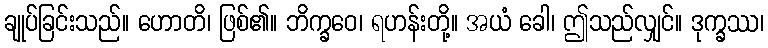
ချုပ်ခြင်းသည်။ ဟောတိ၊ ဖြစ်၏။ ဘိက္ခဝေ၊ ရဟန်းတို့။ အယံ ခေါ၊ ဤသည်လျှင်။ ဒုက္ခဿ၊